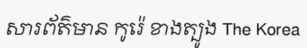
សារព័ត៌មាន កូរ៉េ ខាងត្បូង The Korea